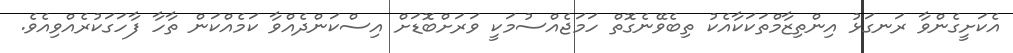
އެކަށީގެންވާ ރަނގަޅު އިންތިޒާމްތަކަކާއެކު ތިބެވޭނެގޮތް ހަމަޖެއްސުމަކީ ވަރަށްބޮޑަށް އިސްކަންދެއްވާ ކަމެއްކަން ތާހާ ފާހަގަކުރެއްވިއެވެ.